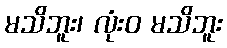
မသိဘူး၊ လုံးဝ မသိဘူး